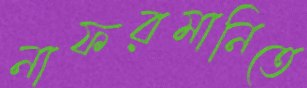
নাফরমানিতে